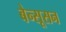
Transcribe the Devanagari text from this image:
बेन्सूसन